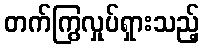
တက်ကြွလှုပ်ရှားသည့်